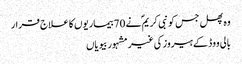
وہ پھل جس کو نبی کریم ؐ نے 70بیماریوں کا علاج قرار
بالی ووڈ کے ہیروز کی غیر مشہور بیویاں